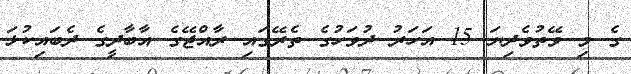
ގެ މި ވޭތުވެދިޔަ 15 އަހަރު ދުވަހުގެ ތެރޭގައި ރާއްޖޭގެ އާބާދީގެ ދެބައިކުޅަ